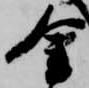
金